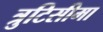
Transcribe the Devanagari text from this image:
त्रुटिसीमा